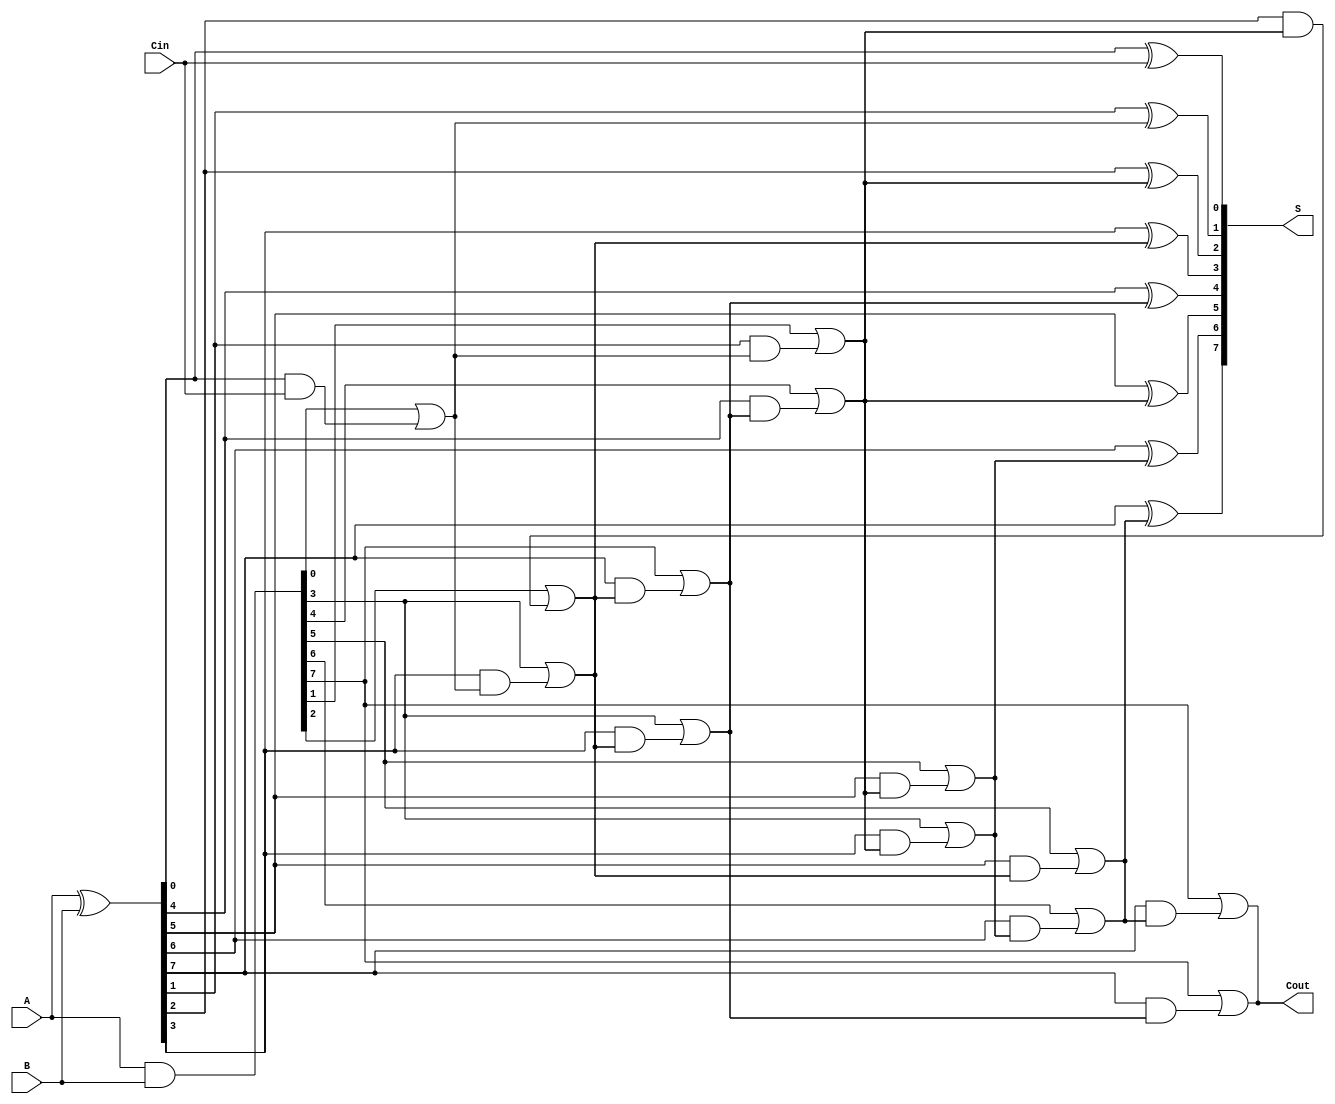
module Sklansky_Adder #(parameter n = 8) (
    input [n-1:0] A,      // First n-bit input
    input [n-1:0] B,      // Second n-bit input
    input Cin,            // Carry-in
    output [n-1:0] S,     // Sum output
    output Cout           // Carry-out
);

    // Generate and Propagate signals
    wire [n-1:0] G; // Generate signals
    wire [n-1:0] P; // Propagate signals
    wire [n:0] C;    // Carry signals, C[0] = Cin

    // Assign Generate and Propagate signals
    assign G = A & B;           // G[i] = A[i] & B[i]
    assign P = A ^ B;           // P[i] = A[i] ^ B[i]

    // Carry computation
    assign C[0] = Cin; // Initial carry-in
    genvar i;

    // Level 1 Carry calculations
    generate
        for(i = 0; i < n; i = i + 1) begin : carry_level1
            if (i == 0) begin
                assign C[i + 1] = G[i] | (P[i] & C[i]); // C[1]
            end else if (i < n) begin
                assign C[i + 1] = G[i] | (P[i] & C[i]); // C[i + 1]
            end
        end
    endgenerate

    // Level 2 Carry calculations (Pairwise)
    generate
        for(i = 0; i < n / 2; i = i + 1) begin : carry_level2
            assign C[n/2 + i + 1] = G[2*i + 1] | (P[2*i + 1] & C[i + 1]);
        end
    endgenerate

    // Level 3 Carry calculations (Group of 4)
    generate
        for(i = 0; i < n / 4; i = i + 1) begin : carry_level3
            assign C[n/4 + i + 1] = G[4*i + 3] | (P[4*i + 3] & C[2*i + 1]);
        end
    endgenerate
    
    // Final carry-out
    assign Cout = C[n];

    // Sum calculation
    generate
        for (i = 0; i < n; i = i + 1) begin : sum_calculation
            assign S[i] = P[i] ^ C[i]; // S[i] = P[i] ^ C[i]
        end
    endgenerate

endmodule